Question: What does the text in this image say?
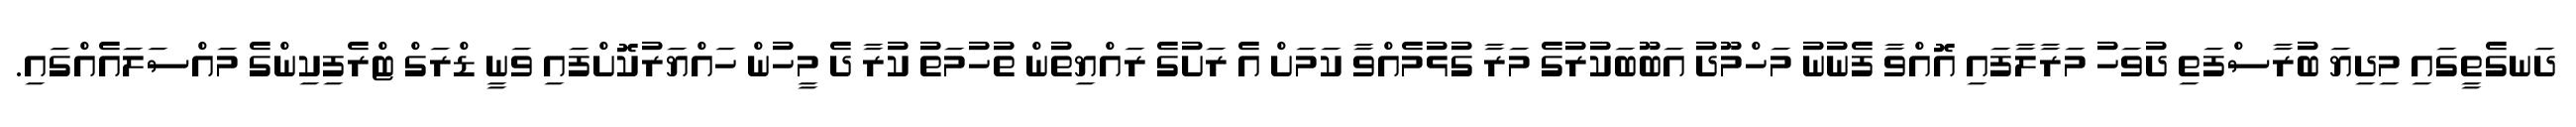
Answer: ދަނގެތީގައި މިދިޔަ ބުރާސްފަތި ދުވަހު މަރާލާފައި އޮއްވާ ފެނުނު މަހްމޫދު އަބޫބަކުރުގެ މަރާ ގުޅުމެއްވާ ކަމަށް އެ ރަށުގެ ރައްޔިތުން ތުހުމަތު ކުރާ ދެ މީހުން ހައްޔަރުކޮށްފައި ވަނީ ޑްރަގް ޓްރެފިކިންގެ މައްސަލައެއްގައި.